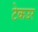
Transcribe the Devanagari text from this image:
टेकउर